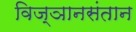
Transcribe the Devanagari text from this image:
विज्ञानसंतान